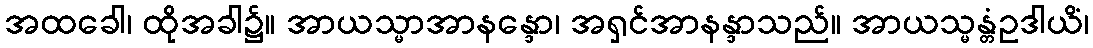
အထခေါ၊ ထိုအခါ၌။ အာယသ္မာအာနန္ဒော၊ အရှင်အာနန္ဒာသည်။ အာယသ္မန္တံဥဒါယိံ၊